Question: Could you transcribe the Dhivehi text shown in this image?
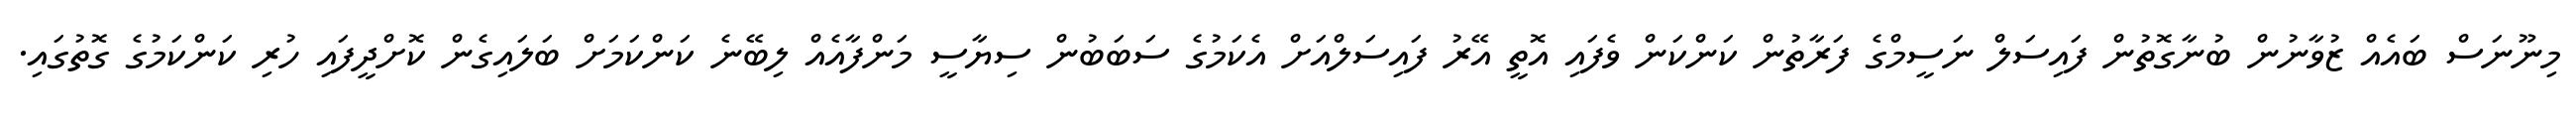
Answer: މިނޫނަސް ބައެއް ޒުވާނުން ބުނާގޮތުން ފައިސަލް ނަސީމްގެ ފަރާތުން ކަންކަން ވެފައި އޮތީ އޭރު ފައިސަލްއަށް އެކަމުގެ ސަބަބުން ސިޔާސީ މަންފާއެއް ލިބޭނެ ކަންކަމަށް ބަލައިގެން ކޮށްދީފައި ހުރި ކަންކަމުގެ ގޮތުގައި.